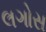
લગોસ